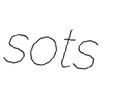
sots